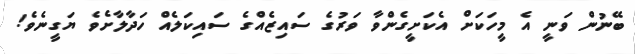
ބޭނުން ވަނީ އެ މީހަކަށް އެކަށީގެންވާ ވަރުގެ ސައިޒެއްގެ ސައިކަލެއް ހަދާލާށެވެ ޔަގީނެވެ!